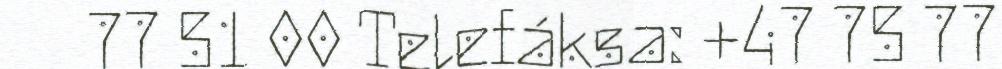
77 51 00 Telefáksa: +47 75 77